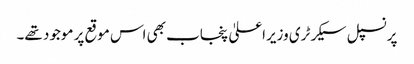
پرنسپل سیکرٹری وزیراعلیٰ پنجاب بھی اس موقع پر موجود تھے۔